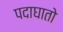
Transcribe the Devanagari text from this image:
पदाघातो